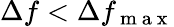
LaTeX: \Delta f<\Delta f_{\mathrm{~m~a~x~}}